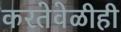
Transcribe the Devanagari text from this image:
करतेवेळीही